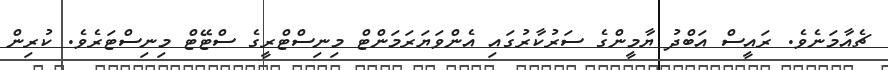
ޗެއާމަނެވެ. ރައީސް އަބްދު ޔާމީންގެ ސަރުކާރުގައި އެންވަޔަރަމަންޓް މިނިސްޓްރީގެ ސްޓޭޓް މިނިސްޓަރެވެ. ކުރިން